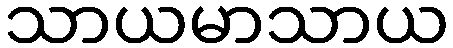
သာယမာသာယ